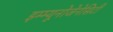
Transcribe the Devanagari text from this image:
इम्म्यूनोजेनेसिटी